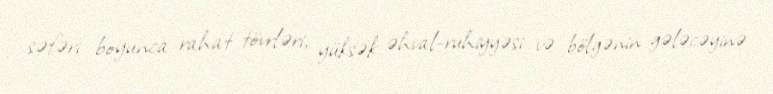
səfəri boyunca rahat tövrləri, yüksək əhval-ruhiyyəsi və bölgənin gələcəyinə